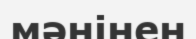
мәнінен